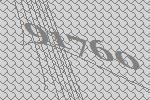
91760